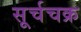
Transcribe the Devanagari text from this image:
सूर्चचक्र